Indian journal of veterinary science and animal husbandry - Volume 10,
Year: 1940
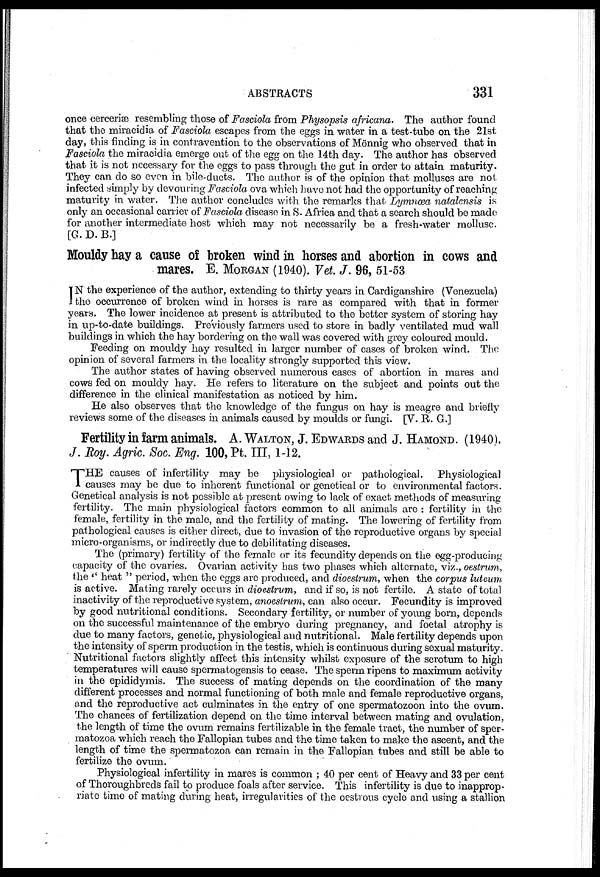
ABSTRACTS
331
once cerceriæ resembling those of Fasciola from Physopsis africana. The author found
that the miracidia of Fasciola escapes from the eggs in water in a test-tube on the 21st
day, this finding is in contravention to the observations of Mönnig who observed that in
Fasciola the miracidia emerge out of the egg on the 14th day. The author has observed
that it is not necessary for the eggs to pass through the gut in order to attain maturity.
They can do so even in bile-ducts. The author is of the opinion that molluscs are not
infected simply by devouring Fasciola ova which have not had the opportunity of reaching
maturity in water. The author concludes with the remarks that Lymnæa natalensis is
only an occasional carrier of Fasciola disease in S. Africa and that a search should be made
for another intermediate host which may not necessarily be a fresh-water mollusc.
[G.D. B.]
Mouldy hay a cause of broken wind in horses and abortion in cows and
mares. E. MORGAN (1940). Vet. J. 96, 51-53
I N the experience of the author, extending to thirty years in Cardiganshire (Venezuela)
the occurrence of broken wind in horses is rare as compared with that in former
years. The lower incidence at present is attributed to the better system of storing hay
in up-to-date buildings. Previously farmers used to store in badly ventilated mud wall
buildings in which the hay bordering on the wall was covered with grey coloured mould.
Feeding on mouldy hay resulted in larger number of cases of broken wind. The
opinion of several farmers in the locality strongly supported this view.
The author states of having observed numerous cases of abortion in mares and
cows fed on mouldy hay. He refers to literature on the subject and points out the
difference in the clinical manifestation as noticed by him.
He also observes that the knowledge of the fungus on hay is meagre and briefly
reviews some of the diseases in animals caused by moulds or fungi. [V. R. G.]
Fertility in farm animals. A. WALTON, J. EDWARDS and J. HAMOND. (1940).
J. Roy. Agric. Soc. Eng. 100, Pt. III, 1-12.
T HE causes of infertility may be physiological or pathological. Physiological
causes may be due to inherent functional or genetical or to environmental factors.
Genetical analysis is not possible at present owing to lack of exact methods of measuring
fertility. The main physiological factors common to all animals are : fertility in the
female, fertility in the male, and the fertility of mating. The lowering of fertility from
pathological causes is either direct, due to invasion of the reproductive organs by special
micro-organisms, or indirectly due to debilitating diseases.
The (primary) fertility of the female or its fecundity depends on the egg-producing
capacity of the ovaries. Ovarian activity has two phases which alternate, viz., oestrum,
the " heat " period, when the eggs are produced, and dioeslrum, when the corpus luteum
is active. Mating rarely occurs in dioestrum, and if so, is not fertile. A state of total
inactivity of the reproductive system, anoestrum, can also occur. Fecundity is improved
by good nutritional conditions. Secondary fertility, or number of young born, depends
on the successful maintenance of the embryo during pregnancy, and foetal atrophy is
due to many factors, genetic, physiological and nutritional. Male fertility depends upon
the intensity of sperm production in the testis, which is continuous during sexual maturity.
Nutritional factors slightly affect this intensity whilst exposure of the scrotum to high
temperatures will cause spermatogensis to cease. The sperm ripens to maximum activity
in the epididymis. The success of mating depends on the coordination of the many
different processes and normal functioning of both male and female reproductive organs,
and the reproductive act culminates in the entry of one spermatozoon into the ovum.
The chances of fertilization depend on the time interval between mating and ovulation,
the length of time the ovum remains fertilizable in the female tract, the number of sper-
matozoa which reach the Fallopian tubes and the time taken to make the ascent, and the
length of time the spermatozoa can remain in the Fallopian tubes and still be able to
fertilize the ovum.
Physiological infertility in mares is common ; 40 per cent of Heavy and 33 per cent
of Thoroughbreds fail to produce foals after service. This infertility is due to inapprop-
riate time of mating during heat, irregularities of the oestrous cycle and using a stallion